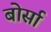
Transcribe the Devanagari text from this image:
बोर्सा